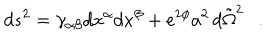
d s ^ { 2 } = \gamma _ { \alpha \beta } d x ^ { \alpha } d x ^ { \beta } + e ^ { 2 \phi } a ^ { 2 } \, d { \tilde { \Omega } } ^ { 2 } .